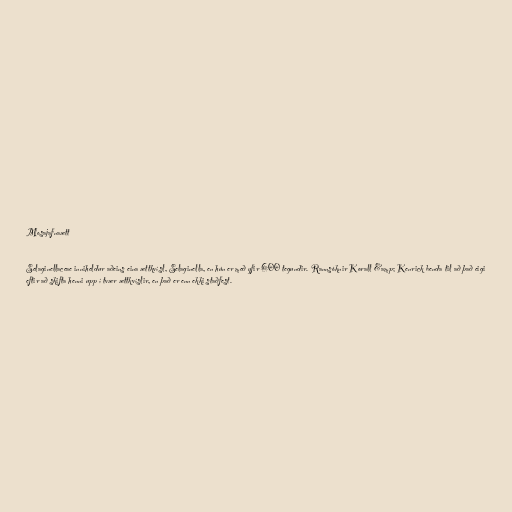
Mosajafnaætt

Selaginellaceae inniheldur aðeins eina ættkvísl, Selaginella, en hún er með yfir 600 tegundir. Rannsóknir Korall &amp; Kenrick benda til að það eigi
eftir að skifta henni upp í tvær ættkvíslir, en það er enn ekki staðfest.